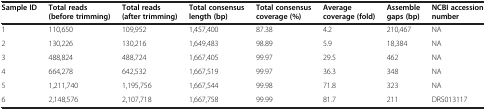
<table><thead><tr><td><b>Sample ID</b></td><td><b>Total reads (before trimming)</b></td><td><b>Total reads (after trimming)</b></td><td><b>Total consensus length (bp)</b></td><td><b>Total consensus coverage (%)</b></td><td><b>Average coverage (fold)</b></td><td><b>Assemble gaps (bp)</b></td><td><b>NCBI accession number</b></td></tr></thead><tbody><tr><td>1</td><td>110,650</td><td>109,952</td><td>1,457,400</td><td>87.38</td><td>4.2</td><td>210,467</td><td>NA</td></tr><tr><td>2</td><td>130,226</td><td>130,216</td><td>1,649,483</td><td>98.89</td><td>5.9</td><td>18,384</td><td>NA</td></tr><tr><td>3</td><td>488,824</td><td>488,724</td><td>1,667,405</td><td>99.97</td><td>29.5</td><td>462</td><td>NA</td></tr><tr><td>4</td><td>664,278</td><td>642,532</td><td>1,667,519</td><td>99.97</td><td>36.3</td><td>348</td><td>NA</td></tr><tr><td>5</td><td>1,211,740</td><td>1,195,756</td><td>1,667,544</td><td>99.98</td><td>71.8</td><td>323</td><td>NA</td></tr><tr><td>6</td><td>2,148,576</td><td>2,107,718</td><td>1,667,758</td><td>99.99</td><td>81.7</td><td>211</td><td>DRS013117</td></tr></tbody></table>